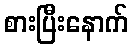
စားပြီးနောက်